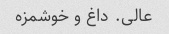
عالی. داغ و خوشمزه